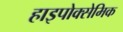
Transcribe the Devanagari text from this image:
हाइपोक्सेमिक